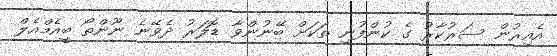
އެއިރުން ސަރުކާރު ގެ ކުންފުނި ތަކަށް ބޭނުންވާ ޑޮލަރު ދެވޭނެ ނޫންތޯ ބީއެމްއެލް